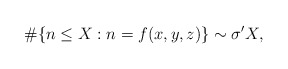
\begin{align*}\#\{n\le X: n=f(x,y,z) \}\sim \sigma' X,\end{align*}